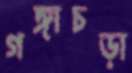
গঙ্গাচড়া